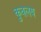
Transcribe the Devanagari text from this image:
कुवलय